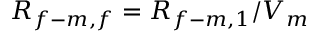
R _ { f - m , f } = R _ { f - m , 1 } / V _ { m }